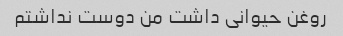
روغن حیوانی داشت من دوست نداشتم